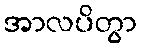
အာလပိတွာ